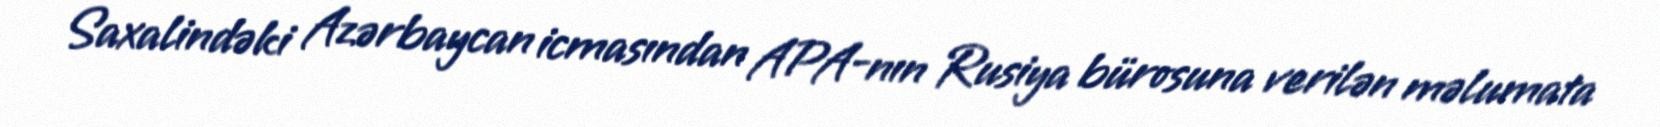
Saxalindəki Azərbaycan icmasından APA-nın Rusiya bürosuna verilən məlumata